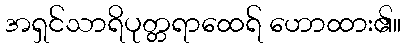
အရှင်သာရိပုတ္တရာထေရ် ဟောထား၏။